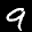
Label: 9